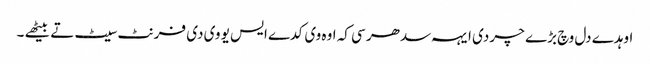
اوہدے دل وچ بڑے چر دی ایہہ سدھر سی کہ اوہ وی کدے ایس یو وی دی فرنٹ سیٹ تے بیٹھے ۔